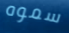
سموه